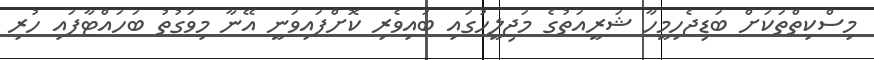
މިސްކިތްތަކަށް ބަޑިޖެހިމީހާ ޝަރީއަތުގެ މަޖިލީހުގައި ބައިވެރި ކޮށްފައިވަނީ އޭނާ މިވަގުތު ބަހައްޓާފައި ހުރި